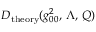
D _ { \mathrm { t h e o r y } } ( g _ { 0 0 } ^ { 2 } , \, \Lambda , \, Q )